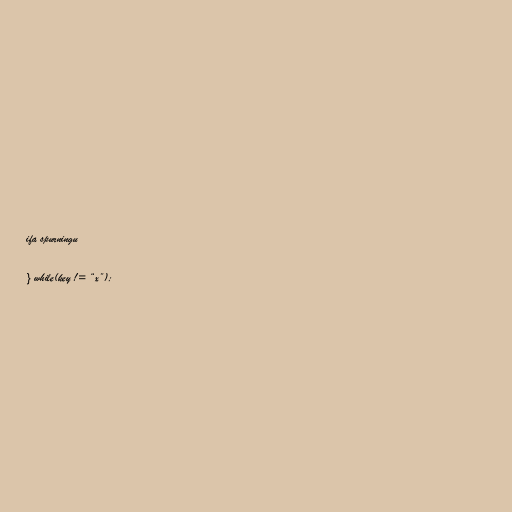
ifa spurningu

} while(key != “x”);